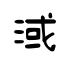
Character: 淢